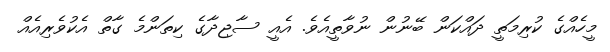
މީހެއްގެ ކުރިމަތީ ދައްކަން ބޭނުން ނުވާތީއެވެ. އެއީ ސާޖިދާގެ ކިތަންމެ ގާތް އެކުވެރިއެއް